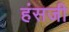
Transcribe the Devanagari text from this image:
हंसजी